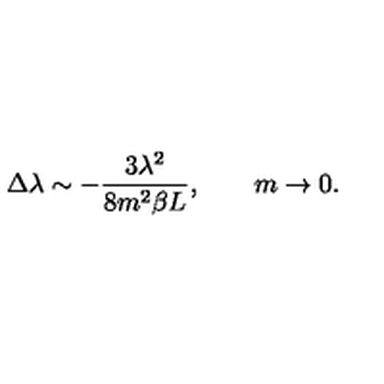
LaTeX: \Delta \lambda \sim - \frac { 3 \lambda ^ { 2 } } { 8 m ^ { 2 } \beta L } , \qquad m \rightarrow 0 .